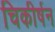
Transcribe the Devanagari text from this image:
चिकीर्षन